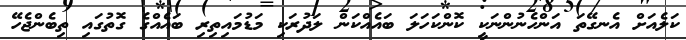
ކަލެއަށް އެނގޭތަ އަންހެނުންނަކީ ކޮންކަހަލަ ބައެއްކަން ލަދުރަކި މަޑުމައިތިރި ބައެއްގެ ގޮތުގައި ތިބެންޖެހޭ